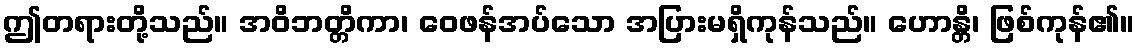
ဤတရားတို့သည်။ အဝိဘတ္တိကာ၊ ဝေဖန်အပ်သော အပြားမရှိကုန်သည်။ ဟောန္တိ၊ ဖြစ်ကုန်၏။